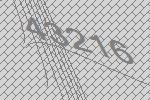
43216